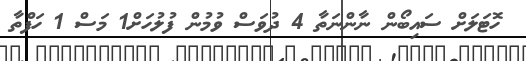
ހޮޓަލަށް ސައިބޯން ނާންނަތާ 4 ދުވަސް ވުމުން ފުލުހަށް1 މަސް 1 ހަފްތާ